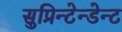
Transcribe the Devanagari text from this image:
सुप्रिन्टेन्डेन्ट